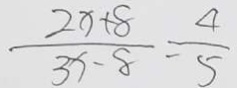
\frac { 2 x + 8 } { 3 x - 8 } = \frac { 4 } { 5 }